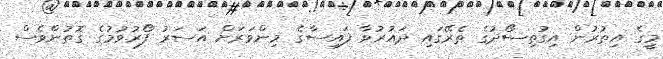
މީގެ އިތުރުން އިގުތިސޯދުގެ ތެރޭގައި ދައުރުވާ ފައިސާގެ މިންވަރަށް އަސަރު ފޯރުވުމުގެ ގޮތުންވެސް